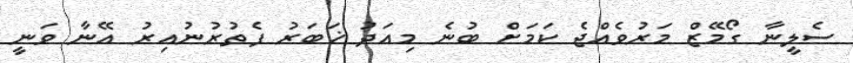
ސެލީނާ ގޯމޭޒް މަރުވެއްޖެ ކަމަށް ބުނެ މިއަދު ޚަބަރު ފެތުރުނުއިރު އޭނާ ވަނީ